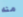
منه